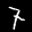
Label: 7